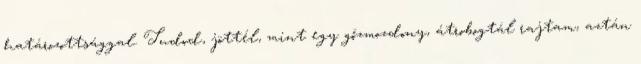
határozottsággal. Tudod, jöttél, mint egy gőzmozdony, átrobogtál rajtam, aztán